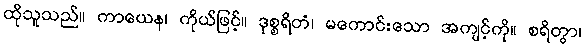
ထိုသူသည်။ ကာယေန၊ ကိုယ်ဖြင့်။ ဒုစ္စရိတံ၊ မကောင်းသော အကျင့်ကို။ စရိတွာ၊